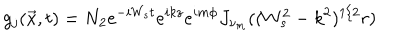
g _ { j } ( \vec { x } , t ) = N _ { 2 } e ^ { - i W _ { s } t } e ^ { i k z } e ^ { i m \phi } J _ { \nu _ { m } } ( ( W _ { s } ^ { 2 } - k ^ { 2 } ) ^ { 1 / 2 } r )